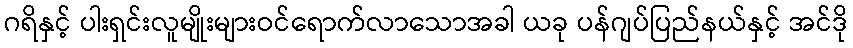
ဂရိနှင့် ပါးရှင်းလူမျိုးများဝင်ရောက်လာသောအခါ ယခု ပန်ဂျပ်ပြည်နယ်နှင့် အင်ဒို